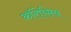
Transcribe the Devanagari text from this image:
कॉरोसिव